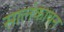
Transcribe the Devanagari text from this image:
सालंकायन